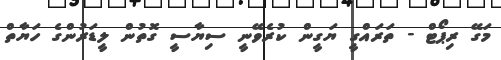
މަގޭ ރިޕޯޓް - ތަރައްގީ ޔަގީން ކުރެވޭނީ ސިޔާސީ ގޮތުން ލީޑަރުންގެ ހަޔާތް